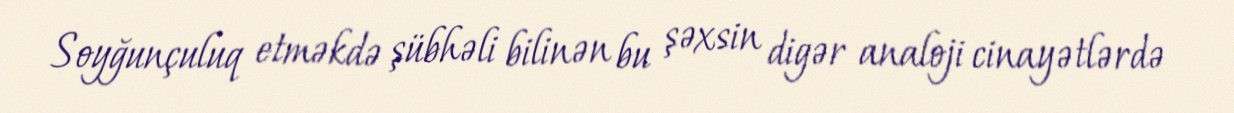
Soyğunçuluq etməkdə şübhəli bilinən bu şəxsin digər analoji cinayətlərdə